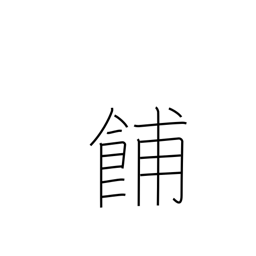
Meaning: late afternoon meal